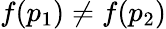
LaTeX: f(p_{1})\neq f(p_{2})